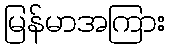
မြန်မာအကြား